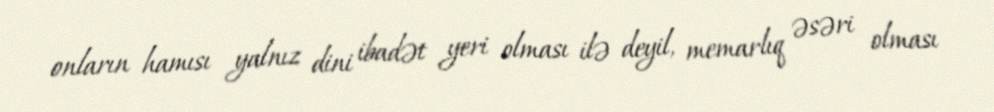
onların hamısı yalnız dini ibadət yeri olması ilə deyil, memarlıq əsəri olması